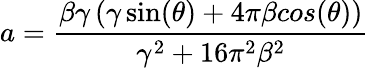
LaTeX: a=\frac{\beta\gamma\left(\gamma\sin(\theta)+4\pi\beta cos(\theta)\right)}{\gamma^{2}+16\pi^{2}\beta^{2}}